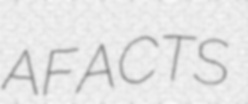
AFACTS